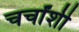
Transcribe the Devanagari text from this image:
चर्चांशी